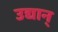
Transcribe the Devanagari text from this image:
उद्यान्